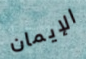
الإيمان